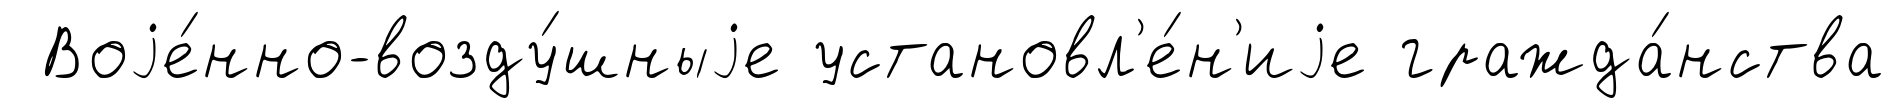
Воjе́нно-возду́шныjе установл'е́н'иjе гражда́нства